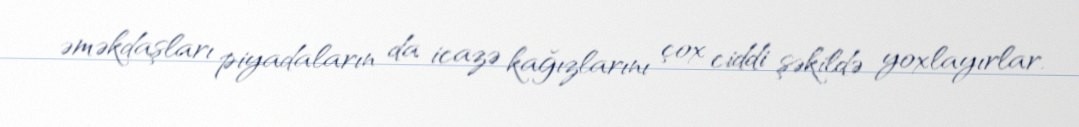
əməkdaşları piyadaların da icazə kağızlarını çox ciddi şəkildə yoxlayırlar.